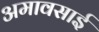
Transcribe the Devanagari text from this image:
अमावसाई